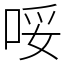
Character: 哸